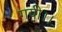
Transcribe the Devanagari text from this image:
गयी।।